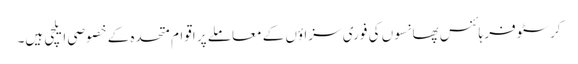
کرسٹوفر ہائنس پھانسوں کی فوری سزاؤں کے معاملے پر اقوام متحدہ کے خصوصی ایلچی ہیں۔